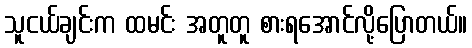
သူငယ်ချင်းက ထမင်း အတူတူ စားရအောင်လို့ပြောတယ်။